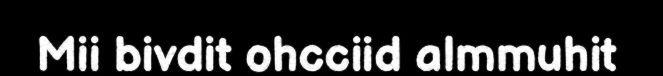
Mii bivdit ohcciid almmuhit